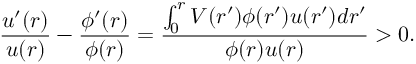
\frac { u ^ { \prime } ( r ) } { u ( r ) } - \frac { \phi ^ { \prime } ( r ) } { \phi ( r ) } = \frac { \int _ { 0 } ^ { r } V ( r ^ { \prime } ) \phi ( r ^ { \prime } ) u ( r ^ { \prime } ) d r ^ { \prime } } { \phi ( r ) u ( r ) } > 0 .